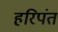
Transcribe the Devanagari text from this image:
हरिपंत